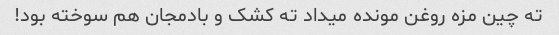
ته چین مزه روغن مونده میداد ته کشک و بادمجان هم سوخته بود!